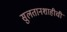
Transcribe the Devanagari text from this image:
सुलतानशाहीची